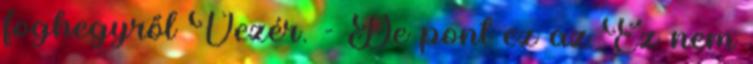
foghegyről Vezér. - De pont ez az Ez nem